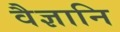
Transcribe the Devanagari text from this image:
वैज्ञानि